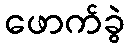
ဖောက်ခွဲ